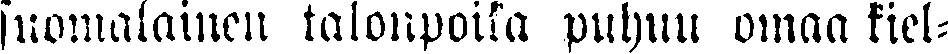
suomalainen talonpoika puhuu omaa kiel-